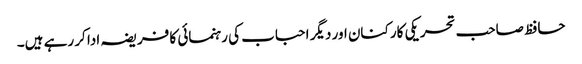
حافظ صاحب تحریکی کارکنان اور دیگر احباب کی رہنمائی کا فریضہ ادا کر رہے ہیں۔